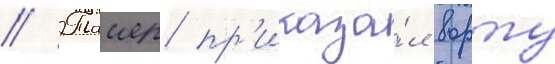
// Таиер пр'иказа́л ворту